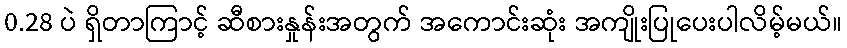
0.28 ပဲ ရှိတာကြာင့် ဆီစားနှုန်းအတွက် အကောင်းဆုံး အကျိုးပြုပေးပါလိမ့်မယ်။